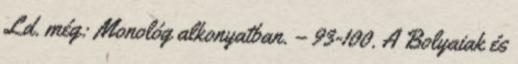
Ld. még: Monológ alkonyatban. – 93-100. A Bolyaiak és